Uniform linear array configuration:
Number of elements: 8
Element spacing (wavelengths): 0.25
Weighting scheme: hamming
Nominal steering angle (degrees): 45
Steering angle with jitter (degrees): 43.108
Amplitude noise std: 0.05
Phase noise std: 0.05

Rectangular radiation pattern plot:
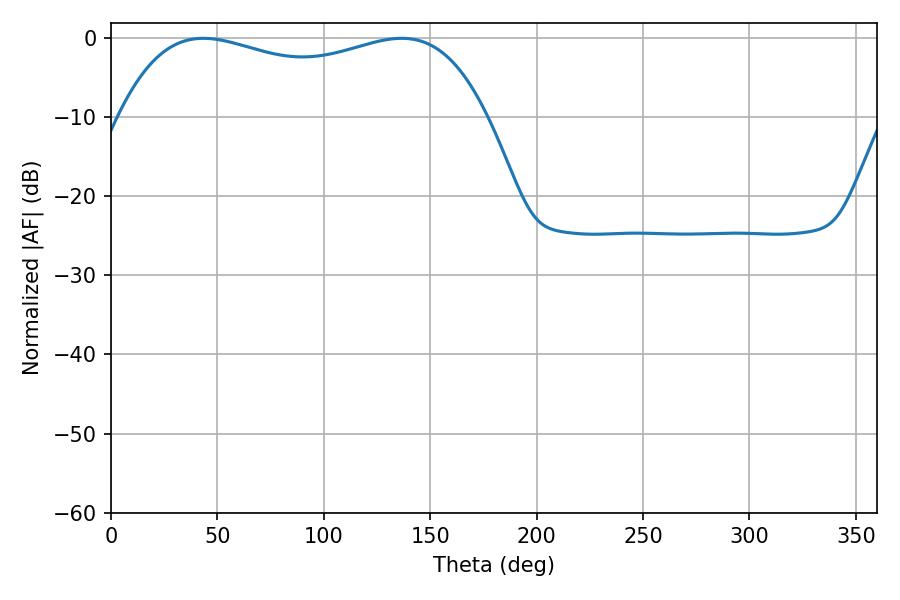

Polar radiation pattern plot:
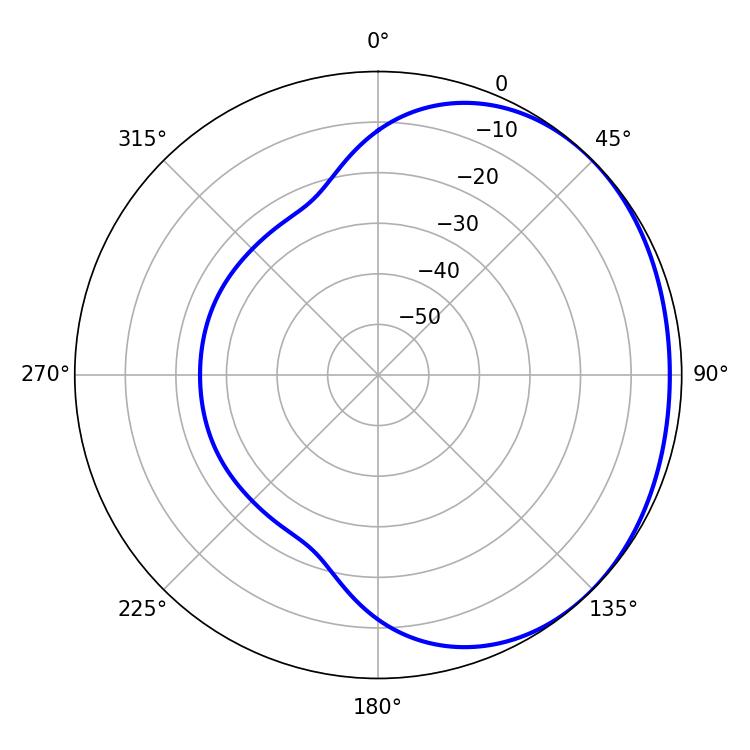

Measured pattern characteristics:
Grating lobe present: FALSE
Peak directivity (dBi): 1.28
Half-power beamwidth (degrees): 141.12
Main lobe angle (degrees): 43.38